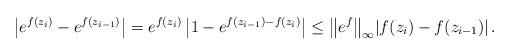
LaTeX: \begin{align*}\left| e^{f(z_i)} - e^{f(z_{i-1})} \right|= e^{f(z_i)} \left| 1 - e^{f(z_{i-1}) - f(z_i)} \right|\leq \bigl\| e^f \bigr\|_{\infty} |f(z_i) - f(z_{i-1})| \, .\end{align*}